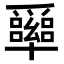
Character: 𠧏